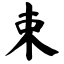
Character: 束